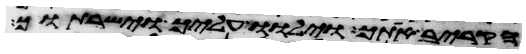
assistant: הקריב אתך וילוו עליך וישרתוך